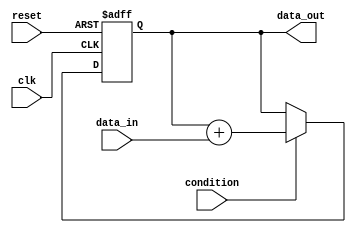
module loop_block(
    input wire clk,
    input wire reset,
    input wire condition,
    input wire [7:0] data_in,
    output reg [7:0] data_out
);

reg [7:0] sum;

always @(posedge clk or posedge reset) begin
    if (reset) begin
        sum <= 8'b0; // Reset sum to 0
    end else begin
        if (condition) begin
            sum <= sum + data_in; // Add data_in to sum
        end else begin
            sum <= sum; // Keep sum unchanged
        end
    end
end

assign data_out = sum;

endmodule